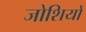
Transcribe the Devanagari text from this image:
जोशियों